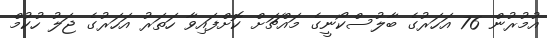
އުމުރުން 76 އަހަރުގެ ބާލުސްކޯނީގެ މައްޗަށް ކޮށްފައިވާ ހަތަރު އަހަރުގެ ޖަލު ހުކުމް